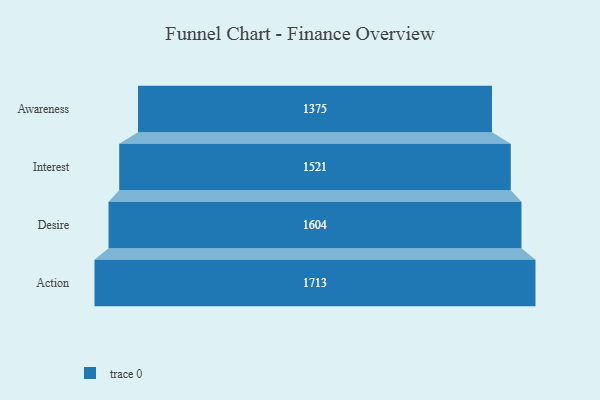
{"axis": {"x": "Stage", "y": "Value"}, "legend": [""], "data": [{"x": "Awareness", "y": 1375.0, "type": ""}, {"x": "Interest", "y": 1521.0, "type": ""}, {"x": "Desire", "y": 1604.0, "type": ""}, {"x": "Action", "y": 1713.0, "type": ""}]}